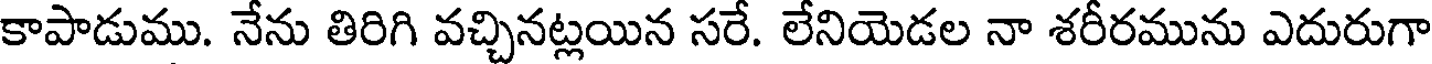
కాపాడుము. నేను తిరిగి వచ్చినట్లయిన సరే. లేనియెడల నా శరీరమును ఎదురుగా